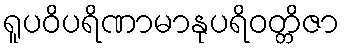
ရူပဝိပရိဏာမာနုပရိဝတ္တိဇာ